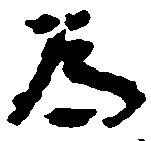
為